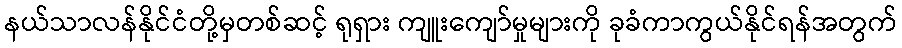
နယ်သာလန်နိုင်ငံတို့မှတစ်ဆင့် ရုရှား ကျူးကျော်မှုများကို ခုခံကာကွယ်နိုင်ရန်အတွက်